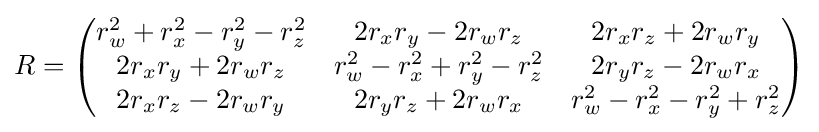
R={\begin{pmatrix}r_{w}^{2}+r_{x}^{2}-r_{y}^{2}-r_{z}^{2}&2r_{x}r_{y}-2r_{w}r_{z}&2r_{x}r_{z}+2r_{w}r_{y}\\2r_{x}r_{y}+2r_{w}r_{z}&r_{w}^{2}-r_{x}^{2}+r_{y}^{2}-r_{z}^{2}&2r_{y}r_{z}-2r_{w}r_{x}\\2r_{x}r_{z}-2r_{w}r_{y}&2r_{y}r_{z}+2r_{w}r_{x}&r_{w}^{2}-r_{x}^{2}-r_{y}^{2}+r_{z}^{2}\\\end{pmatrix}}